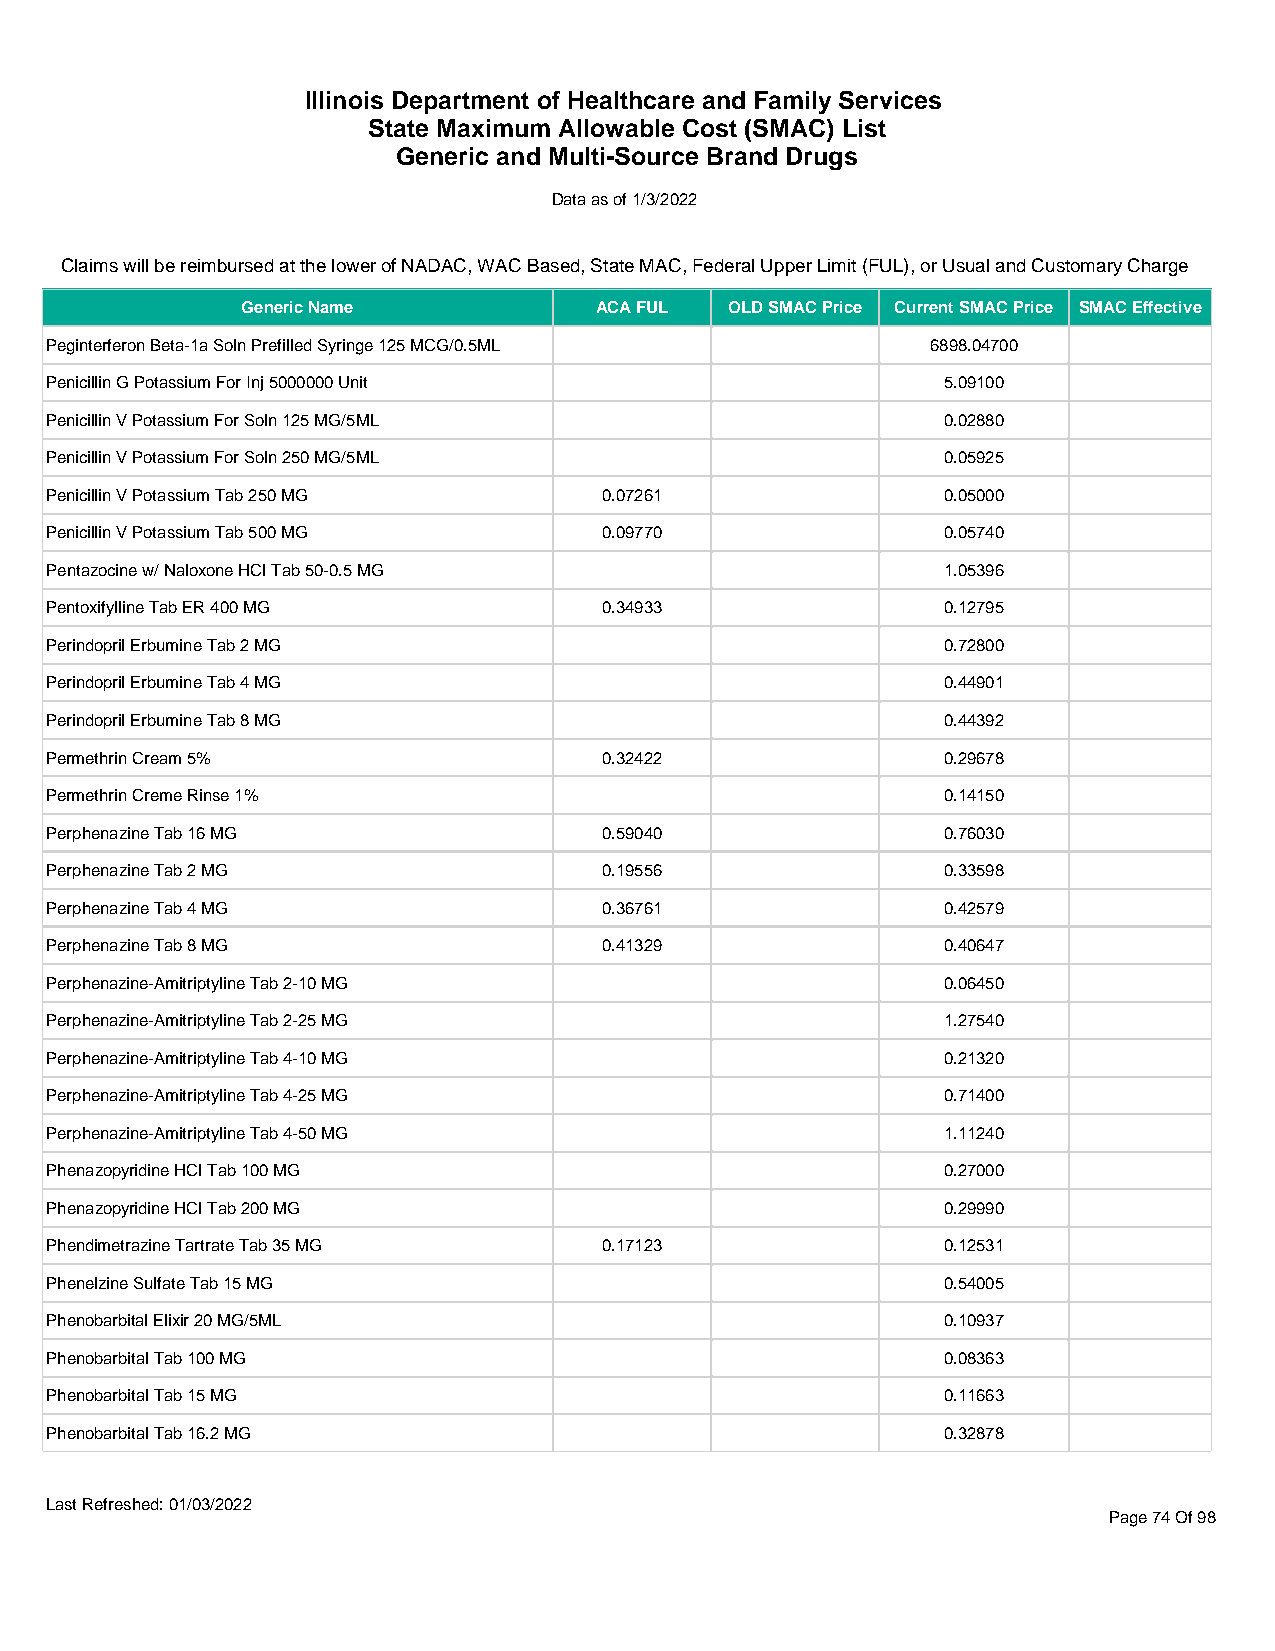
Illinois Department of Healthcare and Family Services
 State Maximum Allowable Cost (SMAC) List
 Generic and Multi-Source Brand Drugs
 Data as of 1/3/2022
 Claims will be reimbursed at the lower of NADAC, WAC Based, State MAC, Federal Upper Limit (FUL), or Usual and Customary Charge
 Generic Name           ACA FUL  OLD SMAC Price Current SMAC Price SMAC Effective
 Peginterferon Beta-1a Soln Prefilled Syringe 125 MCG/0.5ML 6898.04700
 Penicillin G Potassium For Inj 5000000 Unit                5.09100
 Penicillin V Potassium For Soln 125 MG/5ML                 0.02880
 Penicillin V Potassium For Soln 250 MG/5ML                 0.05925
 Penicillin V Potassium Tab 250 MG    0.07261               0.05000
 Penicillin V Potassium Tab 500 MG    0.09770               0.05740
 Pentazocine w/ Naloxone HCl Tab 50-0.5 MG                  1.05396
 Pentoxifylline Tab ER 400 MG         0.34933               0.12795
 Perindopril Erbumine Tab 2 MG                              0.72800
 Perindopril Erbumine Tab 4 MG                              0.44901
 Perindopril Erbumine Tab 8 MG                              0.44392
 Permethrin Cream 5%                  0.32422               0.29678
 Permethrin Creme Rinse 1%                                  0.14150
 Perphenazine Tab 16 MG               0.59040               0.76030
 Perphenazine Tab 2 MG                0.19556               0.33598
 Perphenazine Tab 4 MG                0.36761               0.42579
 Perphenazine Tab 8 MG                0.41329               0.40647
 Perphenazine-Amitriptyline Tab 2-10 MG                     0.06450
 Perphenazine-Amitriptyline Tab 2-25 MG                     1.27540
 Perphenazine-Amitriptyline Tab 4-10 MG                     0.21320
 Perphenazine-Amitriptyline Tab 4-25 MG                     0.71400
 Perphenazine-Amitriptyline Tab 4-50 MG                     1.11240
 Phenazopyridine HCl Tab 100 MG                             0.27000
 Phenazopyridine HCl Tab 200 MG                             0.29990
 Phendimetrazine Tartrate Tab 35 MG   0.17123               0.12531
 Phenelzine Sulfate Tab 15 MG                               0.54005
 Phenobarbital Elixir 20 MG/5ML                             0.10937
 Phenobarbital Tab 100 MG                                   0.08363
 Phenobarbital Tab 15 MG                                    0.11663
 Phenobarbital Tab 16.2 MG                                  0.32878
 Last Refreshed: 01/03/2022
 Page 74 Of 98